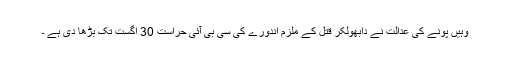
وہیں پونے کی عدالت نے دابھولکر قتل کے ملزم اندورے کی سی بی آئی حراست 30 اگست تک بڑھا دی ہے ۔